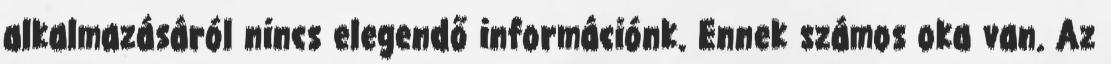
alkalmazásáról nincs elegendő információnk. Ennek számos oka van. Az